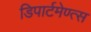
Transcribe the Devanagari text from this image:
डिपार्टमेण्त्स